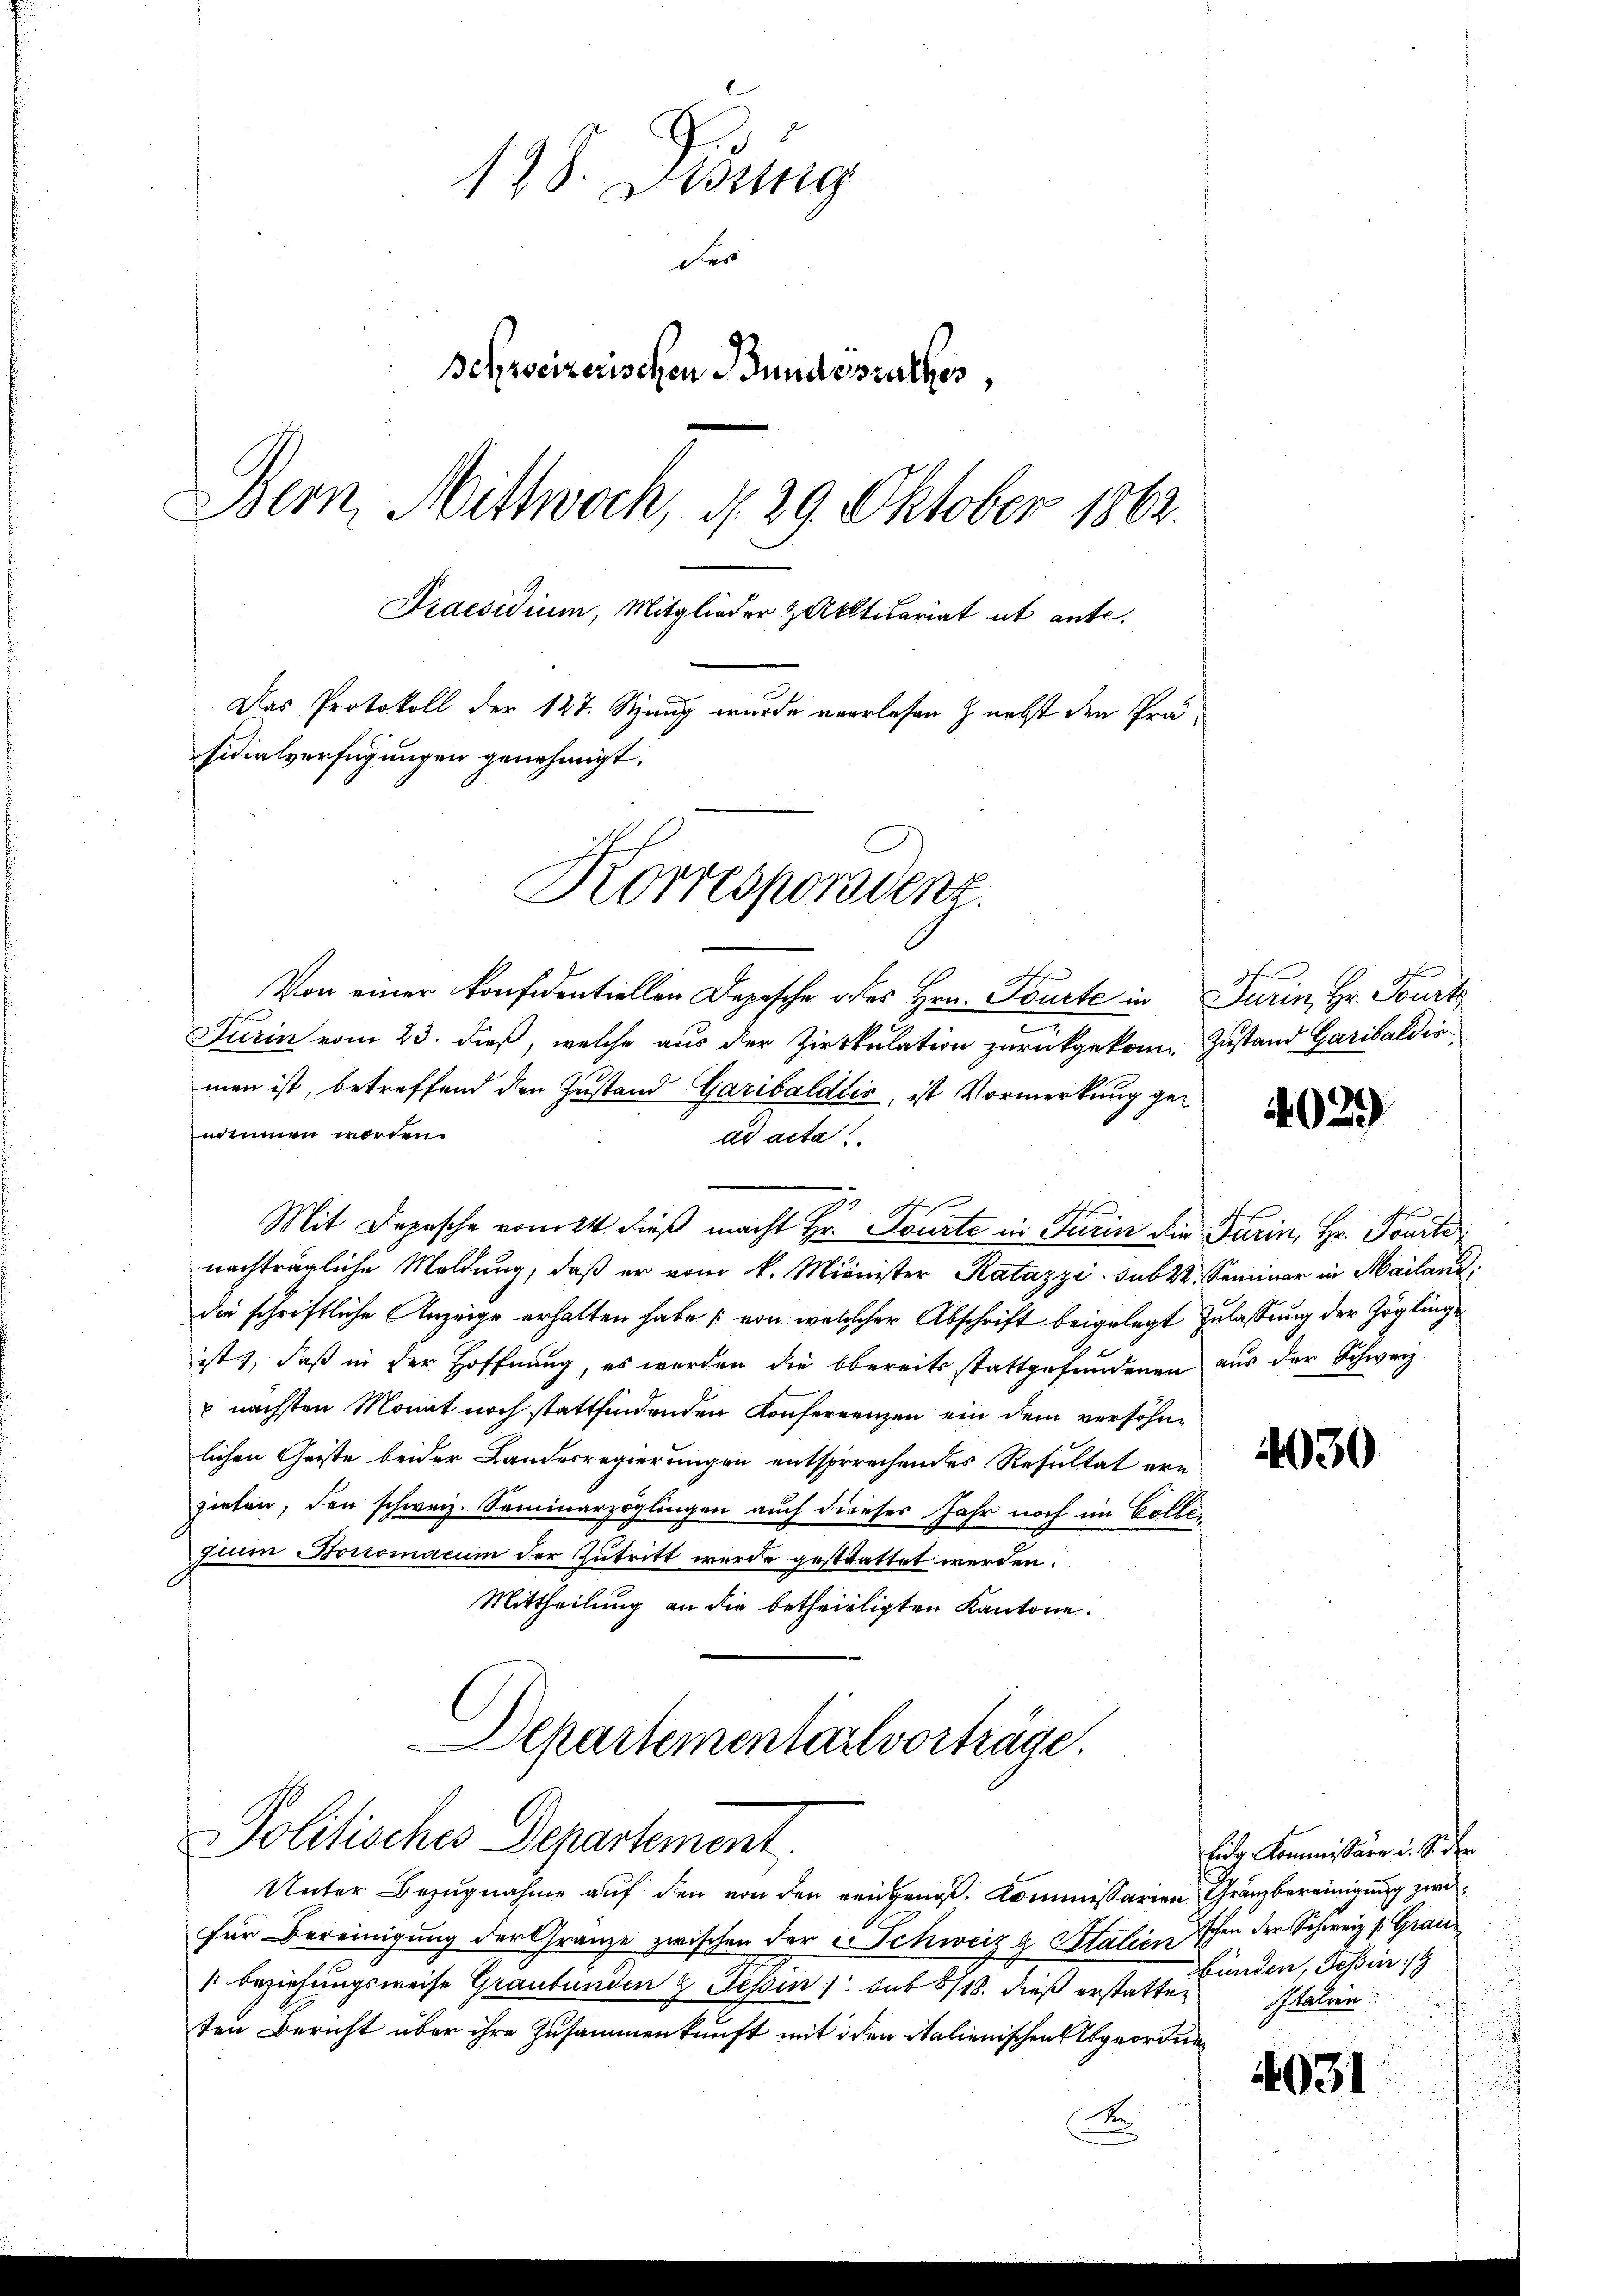
.
198. Bring
der
Behweizerischen Bundesrathes,
Bern, Mittwoch, d. 29. Oktober 1862.
Praesidium, Mitglieder & Aktuariat ut ante.
Das Protokoll der 127. Stung wurde verlesen z nebst den Präsidialverfügungen genehmigt.
Korresporadenz.

Von einer konfidentiellen Depesche des Hrn. Tourte in Turin, Hr. Tourt
Turin vom 23. dieß, welche aus der Zirkulation zurückgekom- Zustand Garibaldirmen ist, betreffend den Zustand Garibaldiis, ist Vormerkung genommen worden.
ad acta
Mit Depesche vom 24. dieβ macht Hr. Tourte in Turin die Turin, Hr. Frach
nachträgliche Meldung, daß er vom k. Minister Ratazzi. subt. Seminar in Mailand,
die schriftliche Anzeige erhalten habe von welcher Abschrift beigelegt zulassung der Zöglinge
ist), daß in der Hoffnung, es werden die Obereits stattgefundenen aus der Schweiz.
 nächsten Monat noch stattfindenden Konferrenzen ein dem versöhnlichen Geiste beider Landesregierungen entsprechendes Resultat ern
zielen, den schweiz. Seminarzöglingen auch dieser Jahr noch im Collesinen Boromacum der Zutritt werde gestattet werden.
Mittheilung an die betheilligten Kantone.
Departementarlvorträge.
PPolitisches Departement.
Unter Bezugnahme auf den von den eingenoß, Kommissarien Gränzbereinigung zwei
für Bereinigung der Granze zwischen der Schweiz & Stalien schen der Schweiz s. Grau¬
" beziehungsweise Graubünden 2 Tessin /. sub 8/18. dieß erstatten
ten Bericht über ihre Zusammenkunft mit iden italienischen Abgeordne¬
A

4029)

4030

Eidg. Kommissäre d. S. den
bunden, Tessin
Italien

031